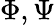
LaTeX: \Phi,\Psi